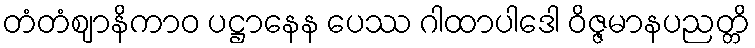
တံတံဈာနိကာဝ ပဋ္ဌာနေန ပေဿ ဂါထာပါဒေါ ဝိဇ္ဇမာနပညတ္တိ